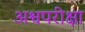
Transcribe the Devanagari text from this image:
अश्वपरीक्षा